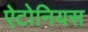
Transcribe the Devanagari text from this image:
ऐटोनियस